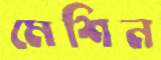
মেশিন